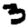
Digit: 3